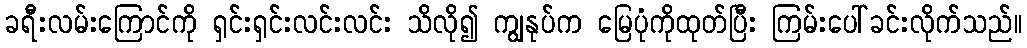
ခရီးလမ်းကြောင်ကို ရှင်းရှင်းလင်းလင်း သိလို၍ ကျွနုပ်က မြေပုံကိုထုတ်ပြီး ကြမ်းပေါ်ခင်းလိုက်သည်။